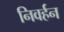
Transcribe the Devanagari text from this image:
निवर्हन